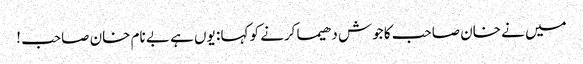
میں نے خان صاحب کا جوش دھیما کرنے کو کہا : یوں ہے بے نام خان صاحب !